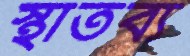
স্থাতব্য